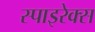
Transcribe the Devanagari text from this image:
स्पाइरेक्स